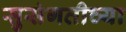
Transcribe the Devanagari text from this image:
सुसंगतीच्या